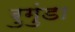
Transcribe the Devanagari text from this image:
रुगुंडा